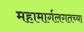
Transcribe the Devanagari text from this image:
महामार्गलगतच्या